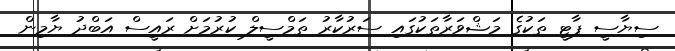
ސިޔާސީ ޕާޓީ ތަކުގެ މަޝްވަރާތަކުގައި ސަރުކާރު ތަމްސީލް ކުރުމަށް ރައީސް އަބްދު ޔާމިން